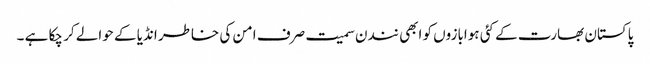
پاکستان بھارت کے کئی ہوابازوں کو ابھی نندن سمیت صرف امن کی خاطر انڈیا کے حوالے کر چکا ہے ۔